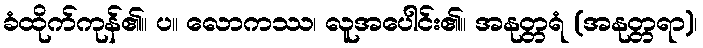
ခံထိုက်ကုန်၏။ ပ။ လောကဿ၊ လူအပေါင်း၏။ အနုတ္တရံ (အနုတ္တရာ)၊